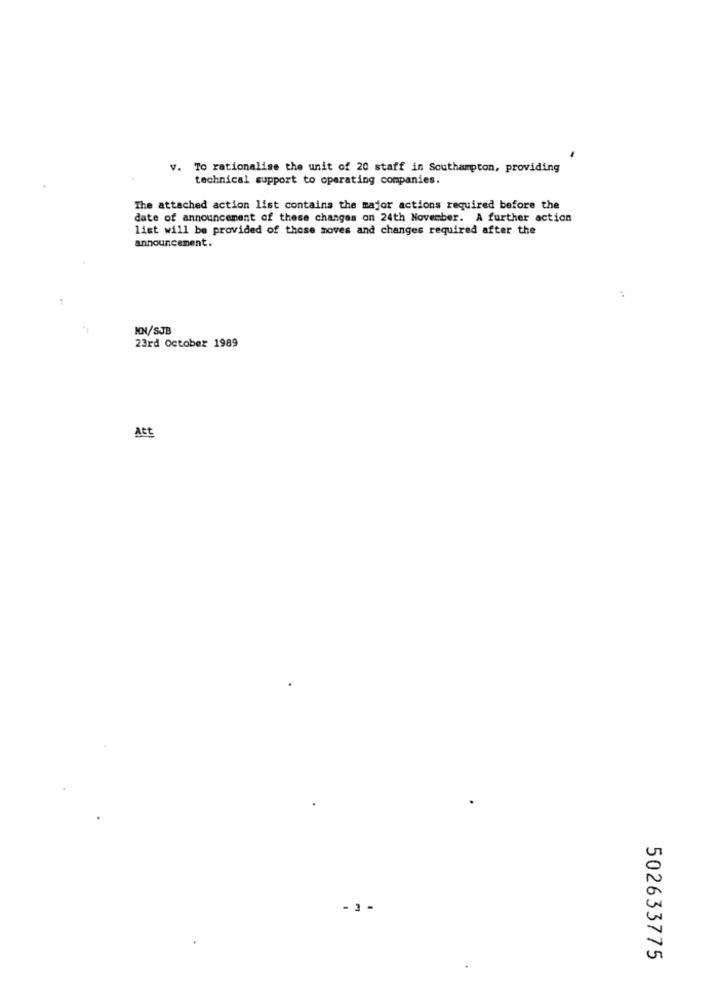
v.
To rationalise the unit of 20 staff in Southampton, providing
technical support to operating companies.
The attached action list contains the major actions required before the
date of announcement of these changes on 24th November. A further action
list will be provided of these moves and changes required after the
announcement.
..
KN/SJB
23rd October 1989
Att
- 3 -
502633775